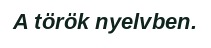
A török nyelvben.